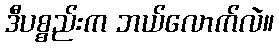
ဒီပစ္စည်းက ဘယ်လောက်လဲ။